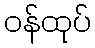
ဝန်ထုပ်